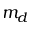
m _ { d }